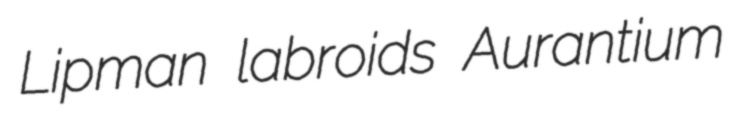
Lipman labroids Aurantium